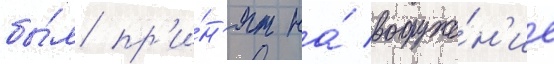
бы́л пр'и́н'ят на́ вооруже́н'ие